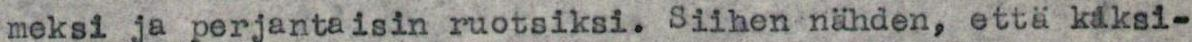
meksi ja perjantaisin ruotsiksi. Siihen nähden, että kaksi-